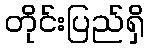
တိုင်းပြည်ရှိ